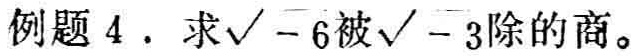
例题 4 . 求$\sqrt{-6}$被$\sqrt{-3}$除的商。